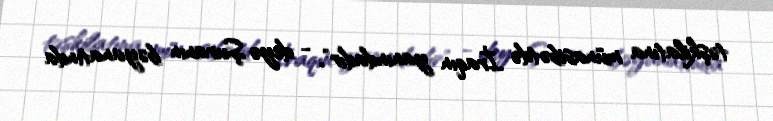
təşkilatına münasibətdə İraqın yanındadır", - deyə Şuranın bəyanatında